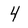
Character: 4